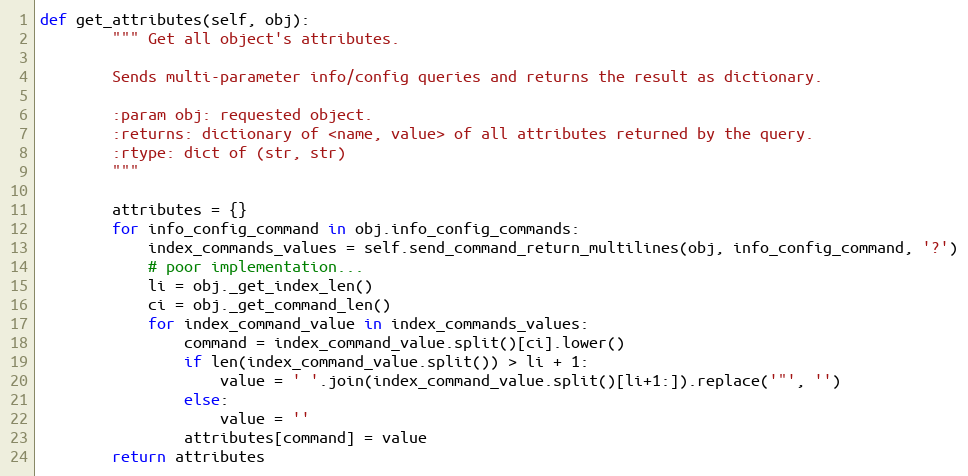
Language: Python
def get_attributes(self, obj):
        """ Get all object's attributes.

        Sends multi-parameter info/config queries and returns the result as dictionary.

        :param obj: requested object.
        :returns: dictionary of <name, value> of all attributes returned by the query.
        :rtype: dict of (str, str)
        """

        attributes = {}
        for info_config_command in obj.info_config_commands:
            index_commands_values = self.send_command_return_multilines(obj, info_config_command, '?')
            # poor implementation...
            li = obj._get_index_len()
            ci = obj._get_command_len()
            for index_command_value in index_commands_values:
                command = index_command_value.split()[ci].lower()
                if len(index_command_value.split()) > li + 1:
                    value = ' '.join(index_command_value.split()[li+1:]).replace('"', '')
                else:
                    value = ''
                attributes[command] = value
        return attributes